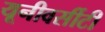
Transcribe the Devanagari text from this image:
यूनीवर्सीटी